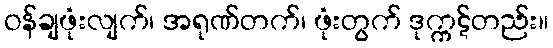
ဝန်ချဖုံးလျက်၊ အရုဏ်တက်၊ ဖုံးတွက် ဒုက္ကဋ်တည်း။